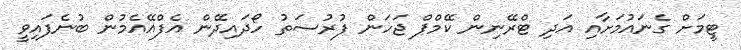
ޓީމަށް ގެނައުމަށާއި އަދި ޓްރޭނިން ކޭމްޕް ޖަހަން ފުރުސަތު ހޯދައިދޭން އެފްއޭއެމުން ބުނެފައިވީ